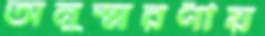
অনুস্মরণীয়